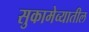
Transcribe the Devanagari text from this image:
सुकामेव्यातील